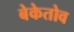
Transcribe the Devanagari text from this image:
बेकेतोव